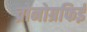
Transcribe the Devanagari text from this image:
च्रोनोग्रफिई